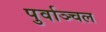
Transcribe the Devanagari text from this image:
पुर्वाञ्चल